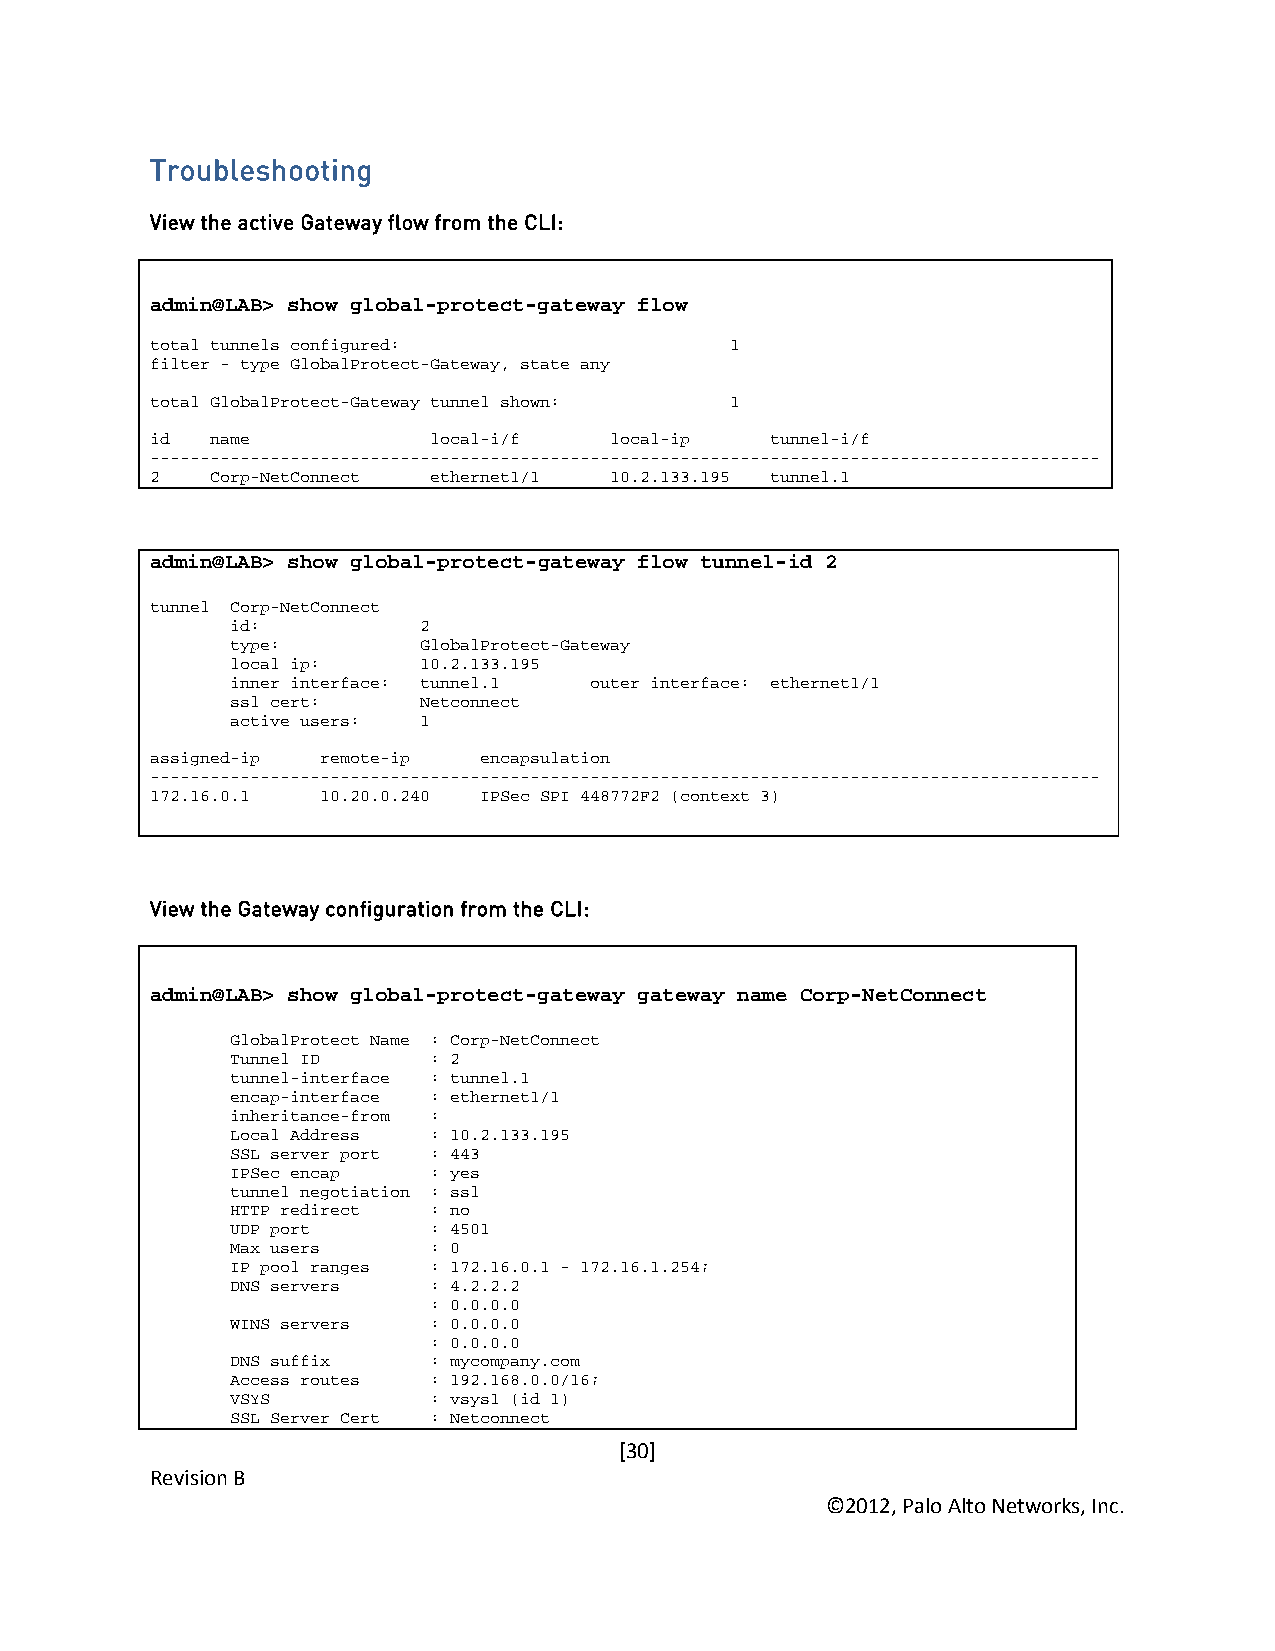
Troubleshooting
 View the active Gateway flow from the CLI:
 admin@LAB> show global-protect-gateway flow
 total tunnels configured:             1
 filter - type GlobalProtect-Gateway, state any
 total GlobalProtect-Gateway tunnel shown: 1
 id  name          local-i/f   local-ip   tunnel-i/f
 -----------------------------------------------------------------------------------------------
 2   Corp-NetConnect ethernet1/1 10.2.133.195 tunnel.1
 admin@LAB> show global-protect-gateway flow tunnel-id 2
 tunnel Corp-NetConnect
 id:          2
 type:        GlobalProtect-Gateway
 local ip:    10.2.133.195
 inner interface: tunnel.1 outer interface: ethernet1/1
 ssl cert:    Netconnect
 active users: 1
 assigned-ip remote-ip encapsulation
 -----------------------------------------------------------------------------------------------
 172.16.0.1 10.20.0.240 IPSec SPI 448772F2 (context 3)
 View the Gateway configuration from the CLI:
 admin@LAB> show global-protect-gateway gateway name Corp-NetConnect
 GlobalProtect Name : Corp-NetConnect
 Tunnel ID    : 2
 tunnel-interface : tunnel.1
 encap-interface : ethernet1/1
 inheritance-from :
 Local Address : 10.2.133.195
 SSL server port : 443
 IPSec encap  : yes
 tunnel negotiation : ssl
 HTTP redirect : no
 UDP port     : 4501
 Max users    : 0
 IP pool ranges : 172.16.0.1 - 172.16.1.254;
 DNS servers  : 4.2.2.2
 : 0.0.0.0
 WINS servers : 0.0.0.0
 : 0.0.0.0
 DNS suffix   : mycompany.com
 Access routes : 192.168.0.0/16;
 VSYS         : vsys1 (id 1)
 SSL Server Cert : Netconnect
 [30]
 Revision B
 ©2012, Palo Alto Networks, Inc.